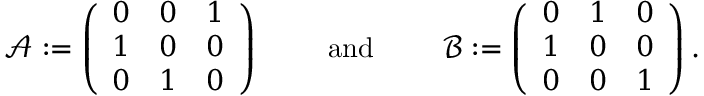
\begin{array} { r } { \mathcal { A } : = \left( \begin{array} { l l l } { 0 } & { 0 } & { 1 } \\ { 1 } & { 0 } & { 0 } \\ { 0 } & { 1 } & { 0 } \end{array} \right) \qquad \mathrm { ~ a n d ~ } \qquad \mathcal { B } : = \left( \begin{array} { l l l } { 0 } & { 1 } & { 0 } \\ { 1 } & { 0 } & { 0 } \\ { 0 } & { 0 } & { 1 } \end{array} \right) . } \end{array}